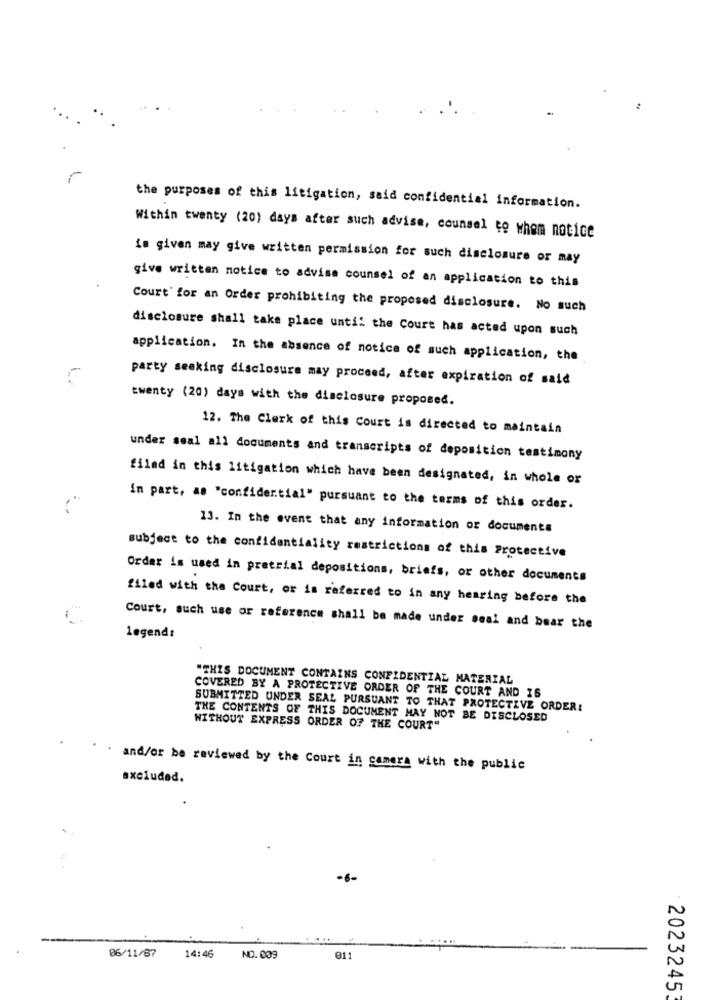
the purposes of this litigation, said confidential information.
Within twenty (20) days after such advise, counsel to when notice
is given may give written permission for such disclosure or may
give written notice to advise counsel of an application to this
Court' for an Order prohibiting the proposed disclosure. No such
disclosure shall take place until the Court has acted upon such
application. In the absence of notice of such application, the
party seaking disclosure may proceed, after expiration of said
twenty (20) days with the disclosure proposed.
12. The Clerk of this Court is directed to maintain
under seal all documents and transcripts of deposition testimony
filed in this litigation which have been designated, in whole or
in part, as "confidential" pursuant to the terms of this order.
13. In the event that any information or documents
subject to the confidentiality restrictions of this Protective
Order is used in pretrial depositions, briefs, or other documents
filed with the Court, or is referred to in any hearing before the
Court, such use or reference shall be made under seal and bear the
legend:
"THIS DOCUMENT CONTAINS CONFIDENTIAL MATERIAL
COVERED BY A PROTECTIVE ORDER OF THE COURT AND IS
SUBMITTED UNDER SEAL PURSUANT TO THAT PROTECTIVE ORDER:
THE CONTENTS OF THIS DOCUMENT MAY NOT BE DISCLOSED
WITHOUT EXPRESS ORDER OF THE COURT"
and/or be reviewed by the Court in camera with the public
axciudad.
-6-
06/11/87
14:46
NO. 009
011
2023245